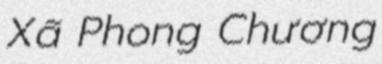
Xã Phong Chương